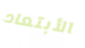
الأبتعاد